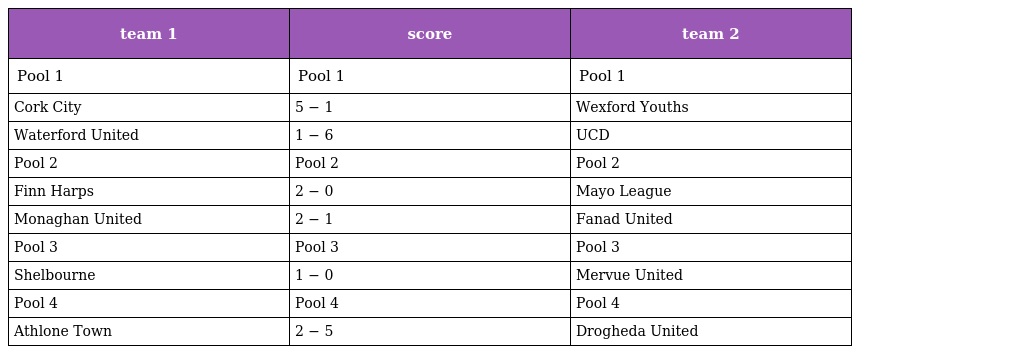
| team 1 | score | team 2 |
 | --- | --- | --- |
 | Pool 1 | Pool 1 | Pool 1 |
 | Cork City | 5 − 1 | Wexford Youths |
 | Waterford United | 1 − 6 | UCD |
 | Pool 2 | Pool 2 | Pool 2 |
 | Finn Harps | 2 − 0 | Mayo League |
 | Monaghan United | 2 − 1 | Fanad United |
 | Pool 3 | Pool 3 | Pool 3 |
 | Shelbourne | 1 − 0 | Mervue United |
 | Pool 4 | Pool 4 | Pool 4 |
 | Athlone Town | 2 − 5 | Drogheda United |